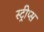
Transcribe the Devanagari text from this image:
स्ट्रीप्स